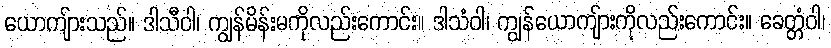
ယောကျ်ားသည်။ ဒါသီဝါ၊ ကျွန်မိန်းမကိုလည်းကောင်း။ ဒါသံဝါ၊ ကျွန်ယောကျ်ားကိုလည်းကောင်း။ ခေတ္တံဝါ၊